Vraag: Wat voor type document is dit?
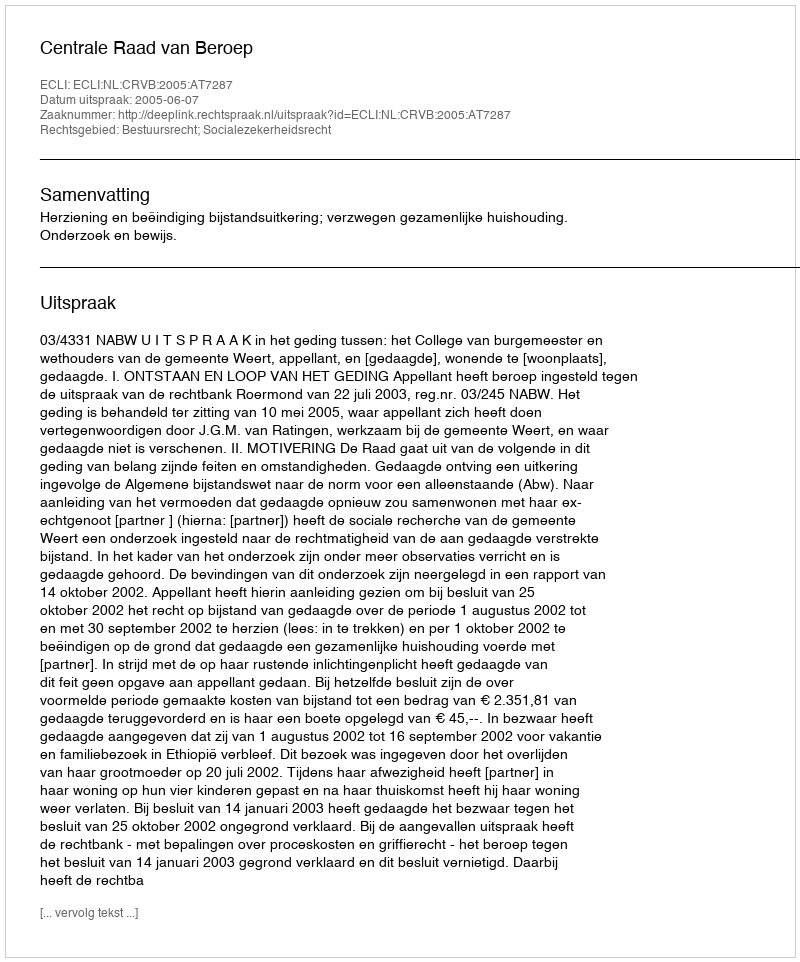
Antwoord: Uitspraak